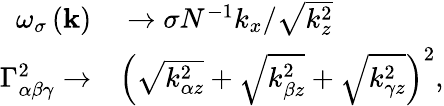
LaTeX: \begin{array}{rl}{\omega_{\sigma}\left(\mathbf{k}\right)}&{{}\rightarrow\sigma N^{-1}k_{x}/\sqrt{k_{z}^{2}}}\\ {\Gamma_{\alpha\beta\gamma}^{2}\rightarrow}&{{}\left(\sqrt{k_{\alpha z}^{2}}+\sqrt{k_{\beta z}^{2}}+\sqrt{k_{\gamma z}^{2}}\right)^{2},}\end{array}